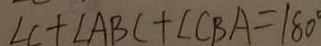
\angle C + \angle A B C + \angle C B A = 1 8 0 ^ { \circ }